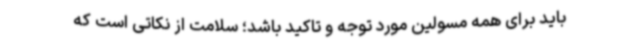
باید برای همه مسولین مورد توجه و تاکید باشد؛ سلامت از نکاتی است که